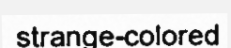
strange-colored